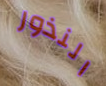
النذور